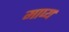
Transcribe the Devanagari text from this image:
माप्य